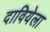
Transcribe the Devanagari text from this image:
दावियेला